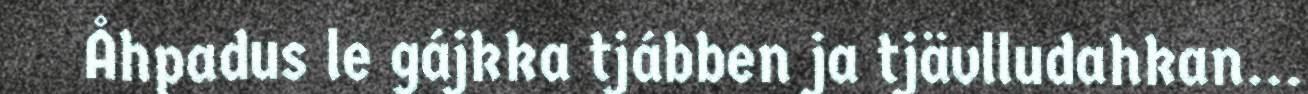
Åhpadus le gájkka tjábben ja tjävlludahkan...